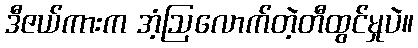
ဒီဇယ်ကားက အံ့ဩလောက်တဲ့တီထွင်မှုပဲ။